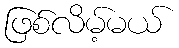
ဖြစ်လိမ့်မယ်